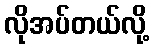
လိုအပ်တယ်လို့